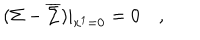
( \Sigma - \overline { { { \Sigma } } } ) | _ { x ^ { 1 } = 0 } = 0 \quad ,